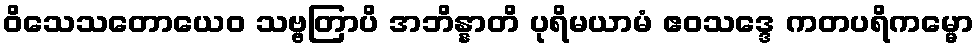
ဝိသေသတောယေဝ သဗ္ဗတြာပိ အဘိန္နာတိ ပုရိမယာမံ ဧဝသဒ္ဒေ ကတပရိကမ္မော